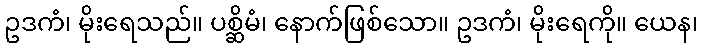
ဥဒကံ၊ မိုးရေသည်။ ပစ္ဆိမံ၊ နောက်ဖြစ်သော။ ဥဒကံ၊ မိုးရေကို။ ယေန၊